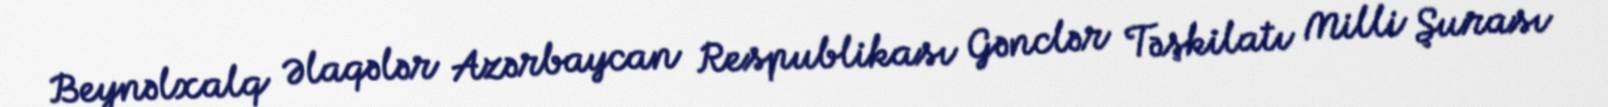
Beynəlxalq Əlaqələr Azərbaycan Respublikası Gənclər Təşkilatı Milli Şurası